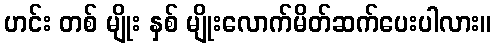
ဟင်း တစ် မျိုး နှစ် မျိုးလောက်မိတ်ဆက်ပေးပါလား။